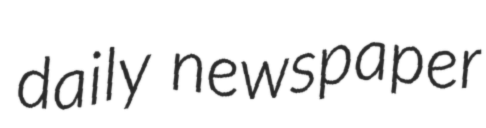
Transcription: daily newspaper